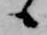
候